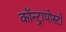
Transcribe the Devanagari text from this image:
कॉन्ट्रापोस्टो